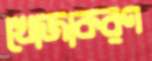
খোজাকরণ